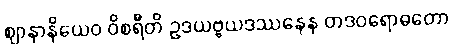
ဈာနာနိယေဝ ဝိစရီတိ ဥဒယဗ္ဗယဒဿနေန တဒဝရောဓတော